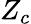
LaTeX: Z_{c}